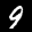
Label: 9